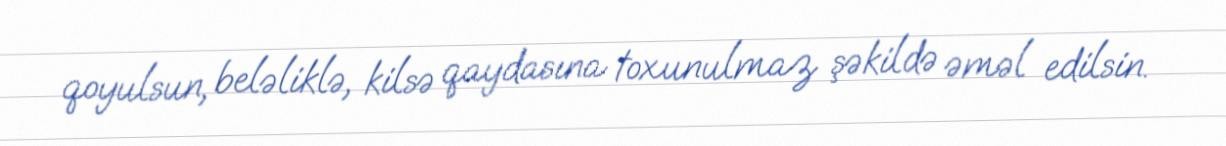
qoyulsun, beləliklə, kilsə qaydasına toxunulmaz şəkildə əməl edilsin.